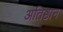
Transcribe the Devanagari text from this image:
अतिष्ठान